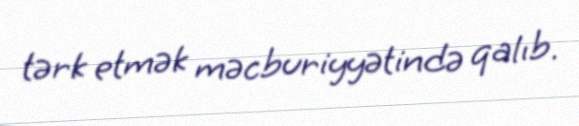
tərk etmək məcburiyyətində qalıb.